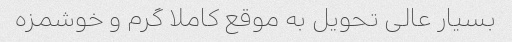
بسیار عالی تحویل به موقع کاملا گرم و خوشمزه